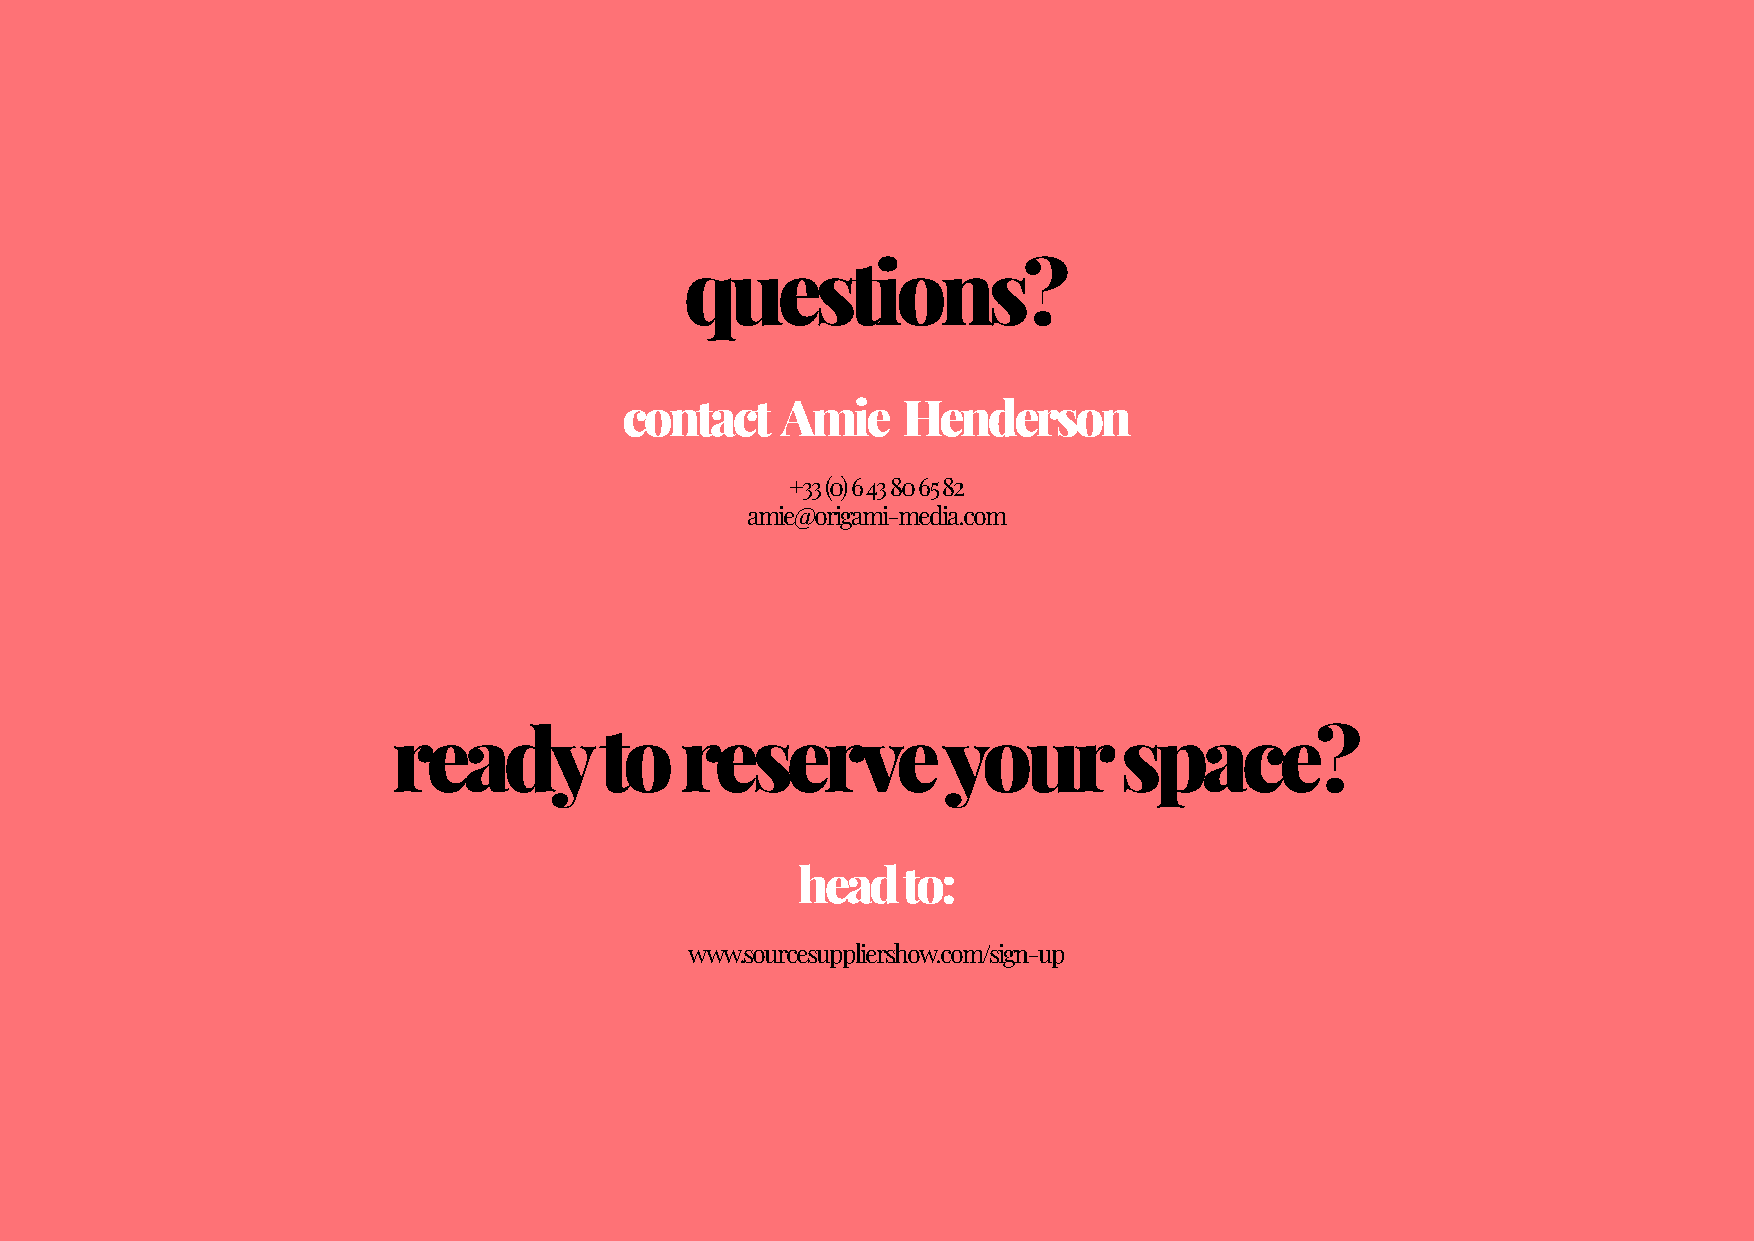
questions?
 contact    Amie    Henderson
 +33 (0) 6 43 80 65 82
 amie@origami-media.com
 ready         to   reserve          your        space?
 head   to:
 www.sourcesuppliershow.com/sign-up